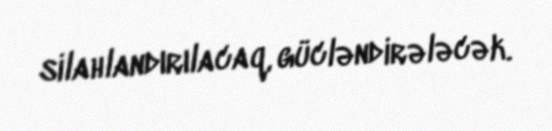
silahlandırılacaq, gücləndirələcək.